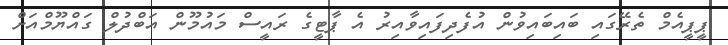
ޕީޕީއެމް ތެރޭގައި ބައިބައިވުން އުފެދިފައިވާއިރު އެ ޕާޓީގެ ރައީސް މައުމޫން އަބްދުލް ގައްޔޫމްއަށް